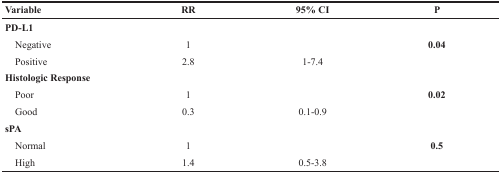
| Variable | RR | 95% CI | P |
 | --- | --- | --- | --- |
 | PD-L1 |  |  |  |
 | Negative | 1 |  | 0.04 |
 | Positive | 2.8 | 1-7.4 |  |
 | Histologic Response |  |  |  |
 | Poor | 1 |  | 0.02 |
 | Good | 0.3 | 0.1-0.9 |  |
 | sPA |  |  |  |
 | Normal | 1 |  | 0.5 |
 | High | 1.4 | 0.5-3.8 |  |